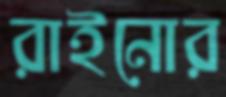
রাইনোর